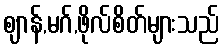
ဈာန်,မဂ်,ဖိုလ်စိတ်များသည်